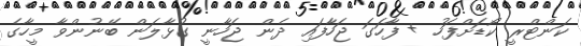
ކަންޓްރީ ކޯޑަށްފަހު + ފާހަގަ ޖަހާފައި ދެން ޖަހާނީ ގުޅާލަން ބޭނުންވާ މީހާގެ